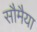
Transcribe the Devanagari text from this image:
सौमैया